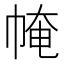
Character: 㡋